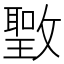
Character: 𰕖